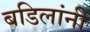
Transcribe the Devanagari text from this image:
बडिलांनी